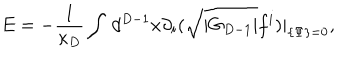
E = - \frac { 1 } { \kappa _ { D } } \int \, d ^ { D - 1 } x \partial _ { i } ( \sqrt { | G _ { D - 1 } | } f ^ { i } ) | _ { \{ \Psi \} = 0 } ,